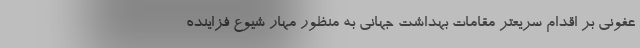
عفونی بر اقدام سریعتر مقامات بهداشت جهانی به منظور مهار شیوع فزاینده